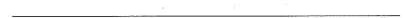
___